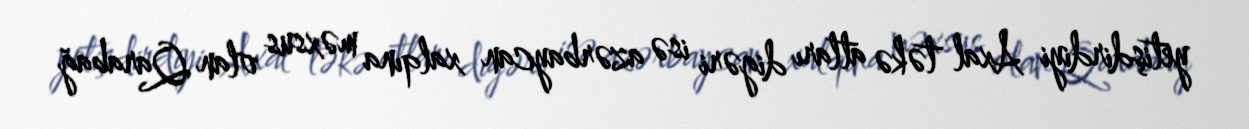
yetişdirdiyi Axal təkə atları digəri isə azərbaycan xalqına məxsus olan Qarabağ